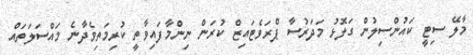
މާލޭ ސިޓީ ކައުންސިލުން ގަލޮޅު މަދަރުސާ ޕްރަވެޓައިޒް ކުރަން ނިންމާފައިވާތީ ކުރިމަތިވެދާނެ މައްސަލަތައް